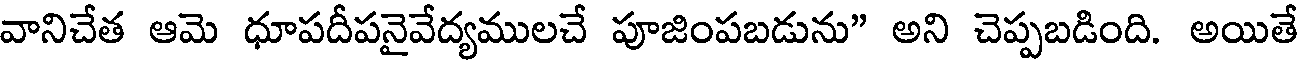
వానిచేత ఆమె ధూపదీపనైవేద్యములచే పూజింపబడును" అని చెప్పబడింది. అయితే